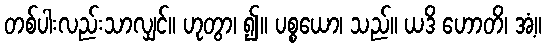
တစ်ပါးလည်းသာလျှင်။ ဟုတွာ၊ ၍။ ပစ္စယော၊ သည်။ ယဒိ ဟောတိ၊ အံ့။